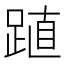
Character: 𨁷